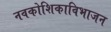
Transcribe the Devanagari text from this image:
नवकोशिकाविभाजन